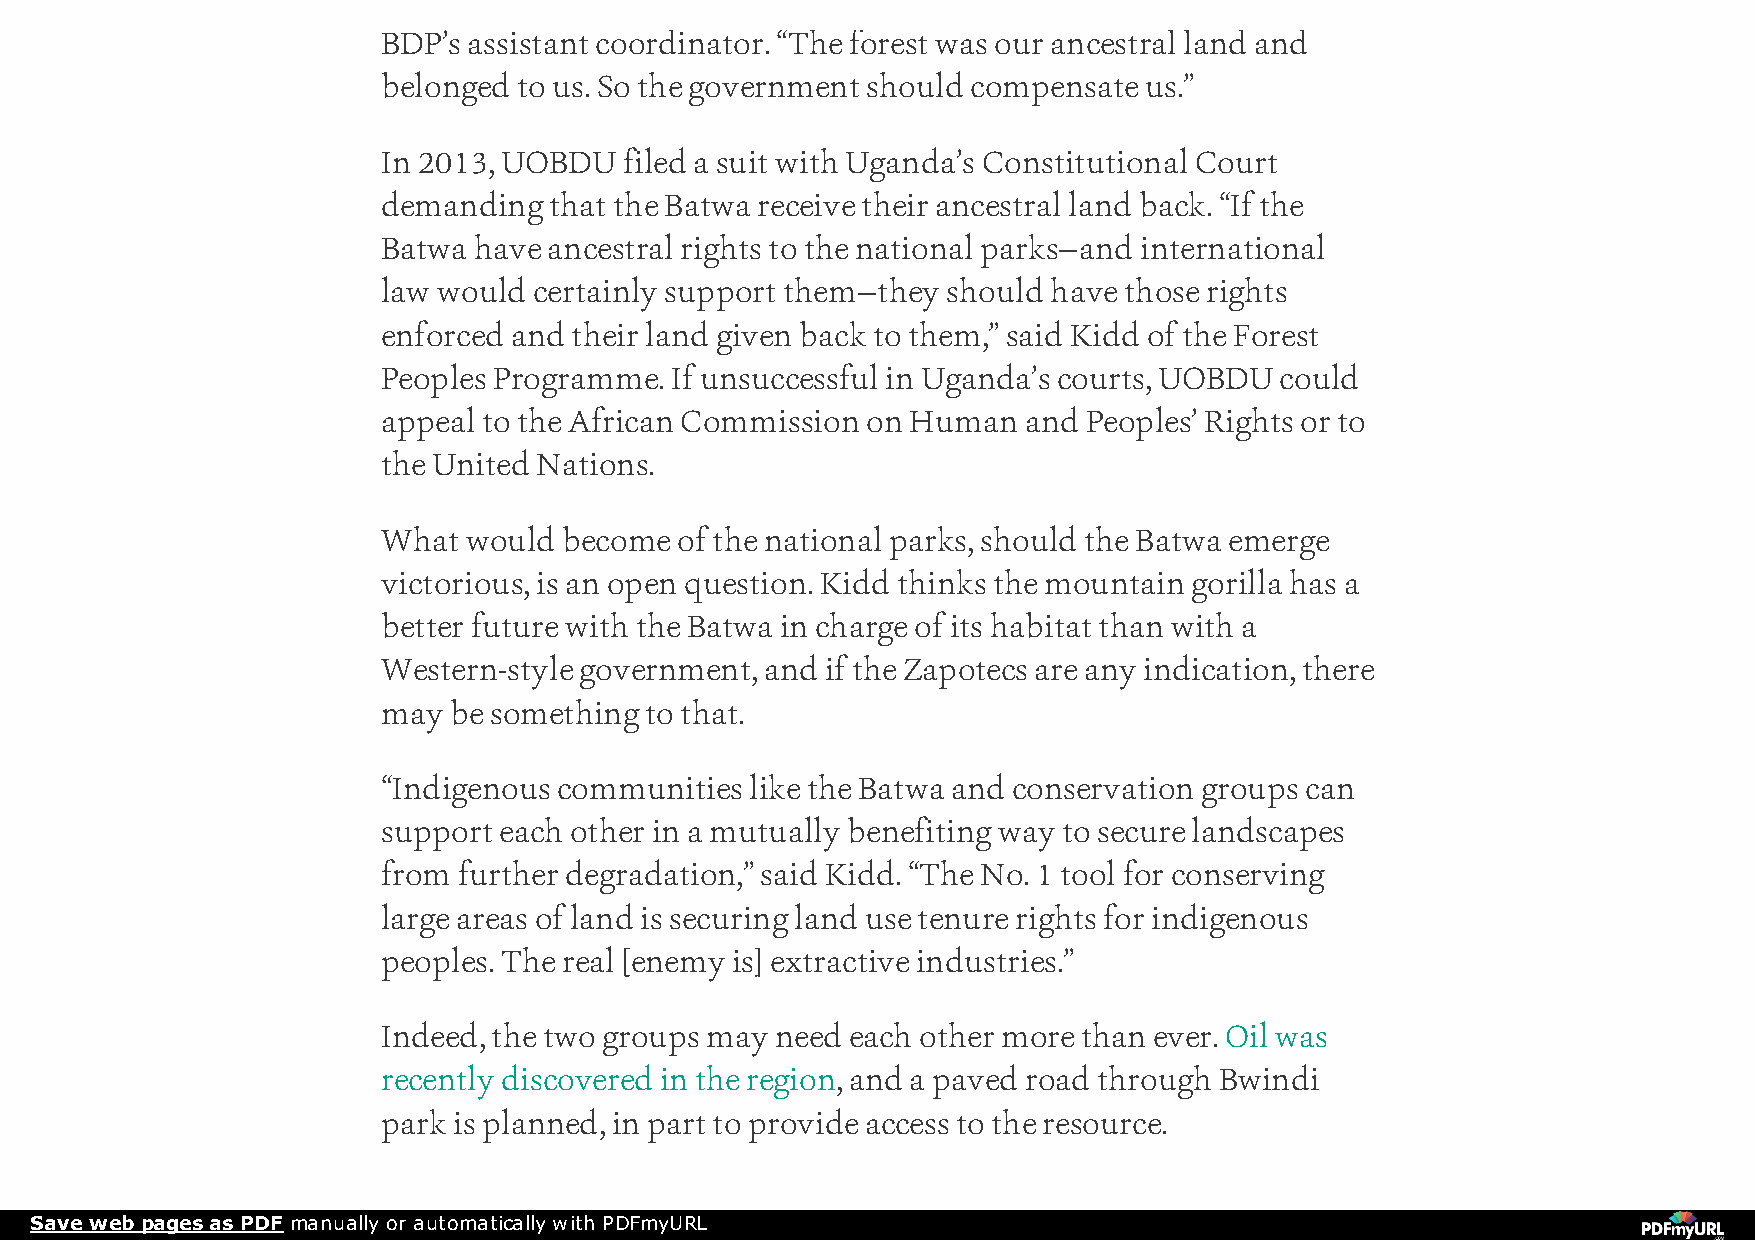
BDP’s assistant coordinator. “The forest was our ancestral land and
 belonged to us. So the government should compensate us.”
 In 2013, UOBDU  filed a suit with Uganda’s Constitutional Court
 demanding  that the Batwa receive their ancestral land back. “If the
 Batwa have ancestral rights to the national parks—and international
 law would certainly support them—they should have those rights
 enforced and their land given back to them,” said Kidd of the Forest
 Peoples Programme. If unsuccessful in Uganda’s courts, UOBDU could
 appeal to the African Commission on Human  and Peoples’ Rights or to
 the United Nations.
 What  would become  of the national parks, should the Batwa emerge
 victorious, is an open question. Kidd thinks the mountain gorilla has a
 better future with the Batwa in charge of its habitat than with a
 Western-style government, and if the Zapotecs are any indication, there
 may  be something to that.
 “Indigenous communities  like the Batwa and conservation groups can
 support each other in a mutually benefiting way to secure landscapes
 from further degradation,” said Kidd. “The No. 1 tool for conserving
 large areas of land is securing land use tenure rights for indigenous
 peoples. The real [enemy is] extractive industries.”
 Indeed, the two groups may need each other more than ever. Oil was
 recently discovered in the region, and a paved road through Bwindi
 park is planned, in part to provide access to the resource.
 Save web pages as PDF manually or automatically with PDFmyURL